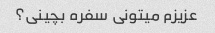
عزیزم میتونی سفره بچینی؟